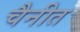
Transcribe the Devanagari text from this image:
चैनीत